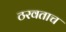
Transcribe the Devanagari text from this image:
ठरवताच